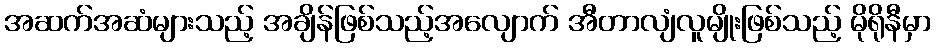
အဆက်အဆံများသည့် အချိန်ဖြစ်သည့်အလျောက် အီတာလျံလူမျိုးဖြစ်သည့် မိုရိုနီမှာ